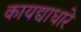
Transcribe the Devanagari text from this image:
कायद्याधारे